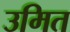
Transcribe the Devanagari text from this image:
उमित